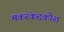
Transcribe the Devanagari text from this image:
मकरंकदकोश